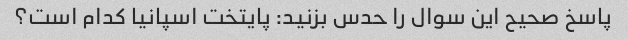
پاسخ صحیح این سوال را حدس بزنید: پایتخت اسپانیا کدام است؟